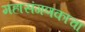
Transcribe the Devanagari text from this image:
महासंगणकाचा